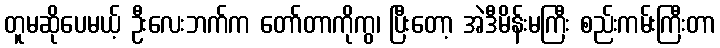
တူမဆိုပေမယ့် ဦးလေးဘက်က တော်တာကိုကွ၊ ပြီးတော့ အဲဒီမိန်းမကြီး စည်းကမ်းကြီးတာ